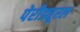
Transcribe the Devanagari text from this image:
पेरीड्यूरल